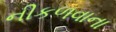
નીકળવાના